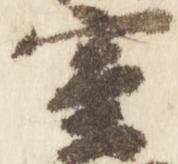
室